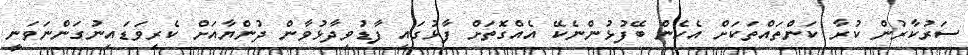
ސަރުކާރުން ކުރާ ކަންތައްތަކަށް އެހެން ބޭފުޅުންނެކޭ އެއްގޮތަށް ފާޅުގައި ފާޑުވިދާޅުވާން ދުންޔާއަށް ކެރިވަޑައިނުގަންނަވަނީ